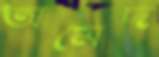
অমেদ